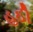
હઠી